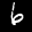
Label: 6